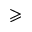
\geqslant